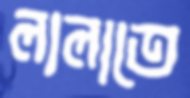
লালাতে